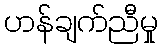
ဟန်ချက်ညီမှု